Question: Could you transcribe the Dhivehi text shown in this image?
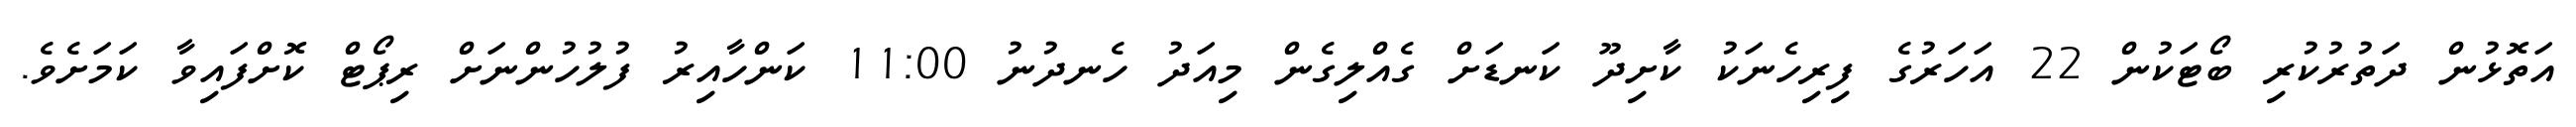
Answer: އަތޮޅުން ދަތުރުކުރި ބޯޓަކުން 22 އަހަރުގެ ފިރިހެނަކު ކާށިދޫ ކަނޑަށް ގެއްލިގެން މިއަދު ހެނދުނު 11:00 ކަންހާއިރު ފުލުހުންނަށް ރިޕޯޓް ކޮށްފައިވާ ކަމަށެވެ.